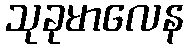
သုခုမာလေန